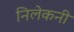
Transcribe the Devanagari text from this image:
निलेकनी